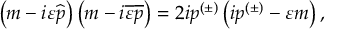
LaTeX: \left( m - i \varepsilon \widehat { p } \right) \left( m - i \overline { { { \varepsilon } } } \overline { { { p } } } \right) = 2 i p ^ { ( \pm ) } \left( i p ^ { ( \pm ) } - \varepsilon m \right) ,